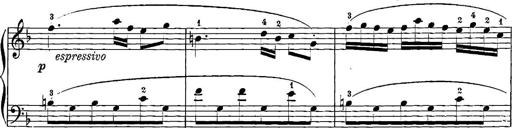
Title: 12 Sonatinas
Composer: Ignaz Pleyel